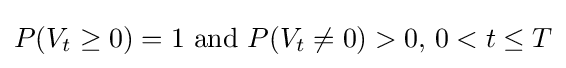
P(V_{t}\geq 0)=1{\text{ and }}P(V_{t}\neq 0)>0,\,0<t\leq T